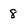
Character: 8